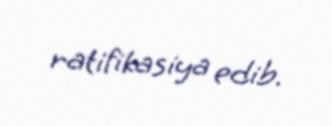
ratifikasiya edib.